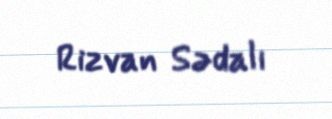
Rizvan Sədalı